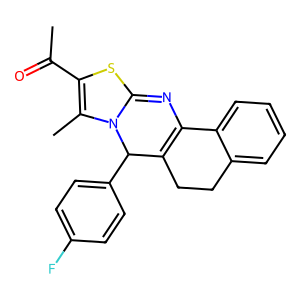
SMILES: CC(=O)C1=C(C)N2C(=NC3=C(CCc4ccccc43)C2c2ccc(F)cc2)S1
Inhibits HIV replication: No